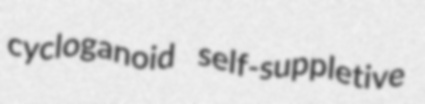
cycloganoid self-suppletive